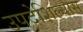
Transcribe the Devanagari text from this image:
उपदेशिल्यास